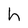
Character: h